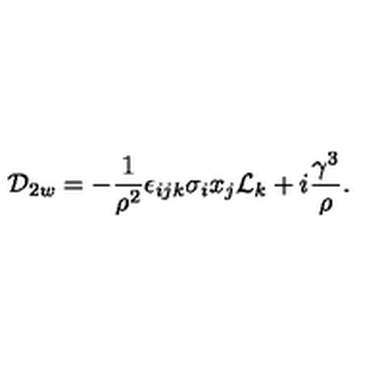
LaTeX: { \cal D } _ { 2 w } = - { \frac { 1 } { { \rho } ^ { 2 } } } { \epsilon } _ { i j k } { \sigma } _ { i } x _ { j } { \cal L } _ { k } + i { \frac { { \gamma } ^ { 3 } } { \rho } } .